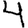
Digit: 4